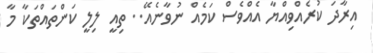
އިރާދަ ކުރެއްވިއްޔާ އެއްވެސް ކަމެއް ނުވާނެއޭ.. ތިއީ ލިލީ ކަންތައްތަކާ މާ